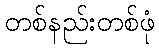
တစ်နည်းတစ်ဖုံ